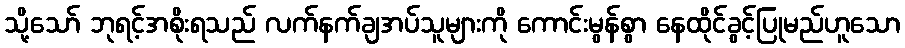
သို့သော် ဘုရင့်အစိုးရသည် လက်နက်ချအပ်သူများကို ကောင်းမွန်စွာ နေထိုင်ခွင့်ပြုမည်ဟူသော